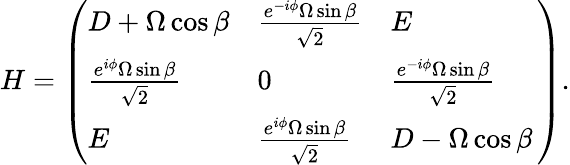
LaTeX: H=\left(\begin{array}{lll}{D+\Omega\cos\beta}&{\frac{e^{-i\phi}\Omega\sin\beta}{{\sqrt{2}}}}&{E}\\ {\frac{e^{i\phi}\Omega\sin\beta}{\sqrt{2}}}&{0}&{\frac{e^{-i\phi}\Omega\sin\beta}{{\sqrt{2}}}}\\ {E}&{\frac{e^{i\phi}\Omega\sin\beta}{\sqrt{2}}}&{D-\Omega\cos\beta\, }\end{array}\right).